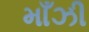
માઁઝી